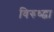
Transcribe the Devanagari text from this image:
विरुध्द्चा